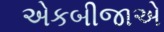
એકબીજાએ